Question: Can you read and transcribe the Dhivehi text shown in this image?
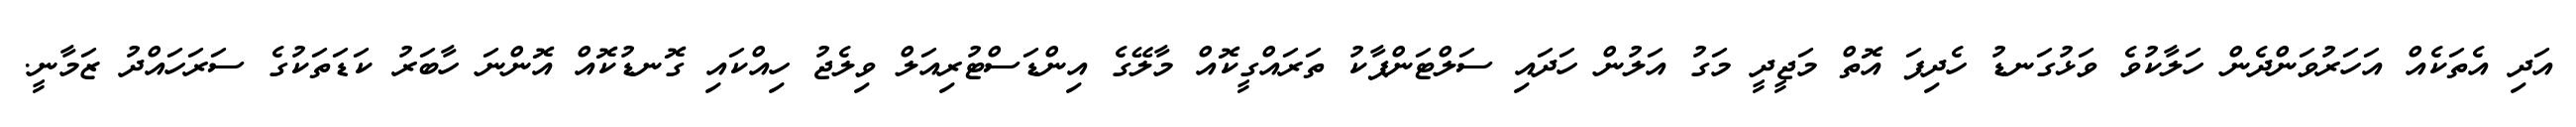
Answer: އަދި އެތަކެއް އަހަރުވަންދެން ހަލާކުވެ ވަޅުގަނޑު ހެދިފަ އޮތް މަޖީދީ މަގު އަލުން ހަދައި ސަލްޓަންޕާކު ތަރައްގީކޮއް މާލޭގެ އިންޑަސްޓުރިއަލް ވިލެޖު ހިއްކައި ގޮނޑުކޮއް އޮންނަ ހާބަރު ކަޑަތަކުގެ ސަރަހައްދު ޒަމާނީ.